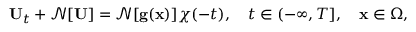
{ \bf U } _ { t } + \mathcal { N } [ { \bf U } ] = \mathcal { N } [ { \bf g } ( { \bf x } ) ] \chi ( - t ) , \quad t \in ( - \infty , T ] , \quad { \bf x } \in \Omega ,